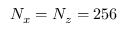
N _ { x } = N _ { z } = 2 5 6